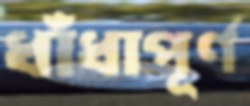
ধাঁধাপূর্ণ